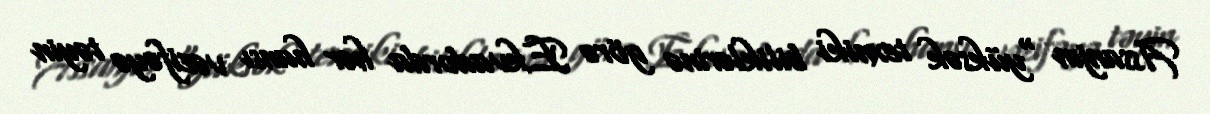
Assanjın “yüksək texniki biliklərinə görə Ekvadorda hər hansı vəzifəyə təyin